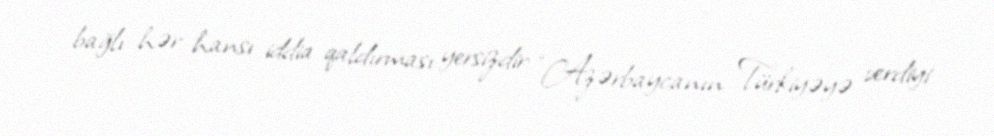
bağlı hər hansı iddia qaldırması yersizdir: “Azərbaycanın Türkiyəyə verdiyi